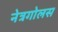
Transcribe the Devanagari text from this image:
नेत्रगोलस